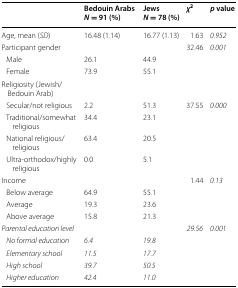
|  | Bedouin ArabsN = 91 (%) | JewsN = 78 (%) | χ2 | p value |
 | --- | --- | --- | --- | --- |
 | Age, mean (SD) | 16.48 (1.14) | 16.77 (1.13) | 1.63 | 0.952 |
 | Participant gender |  |  | 32.46 | 0.001 |
 | Male | 26.1 | 44.9 |  |  |
 | Female | 73.9 | 55.1 |  |  |
 | Religiosity (Jewish/Bedouin Arab) |  |  |  |  |
 | Secular/not religious | 2.2 | 51.3 | 37.55 | 0.000 |
 | Traditional/somewhat religious | 34.4 | 23.1 |  |  |
 | National religious/religious | 63.4 | 20.5 |  |  |
 | Ultra-orthodox/highly religious | 0.0 | 5.1 |  |  |
 | Income |  |  | 1.44 | 0.13 |
 | Below average | 64.9 | 55.1 |  |  |
 | Average | 19.3 | 23.6 |  |  |
 | Above average | 15.8 | 21.3 |  |  |
 | Parental education level |  |  | 29.56 | 0.001 |
 | No formal education | 6.4 | 19.8 |  |  |
 | Elementary school | 11.5 | 17.7 |  |  |
 | High school | 39.7 | 50.5 |  |  |
 | Higher education | 42.4 | 11.0 |  |  |